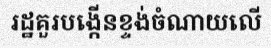
រដ្ឋគួរបង្កើនខ្ទង់ចំណាយលើ